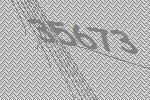
35673